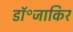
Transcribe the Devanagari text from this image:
डॉ॰जाकिर